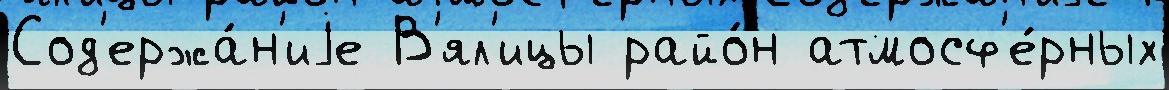
Сод'ержа́н'иjе В'ял'ицы райо́н атмосф'е́рных